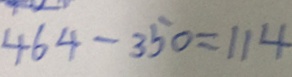
4 6 4 - 3 5 0 = 1 1 4